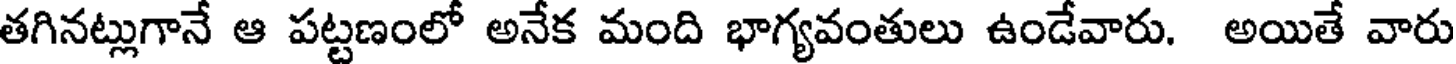
తగినట్లుగానే ఆ పట్టణంలో అనేక మంది భాగ్యవంతులు ఉండేవారు. అయితే వారు